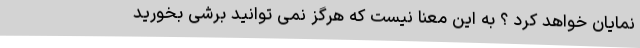
نمایان خواهد کرد ؟ به این معنا نیست که هرگز نمی توانید برشی بخورید